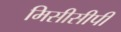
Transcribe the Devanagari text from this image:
मिसीसीपी